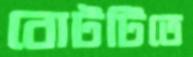
বোটটিতে